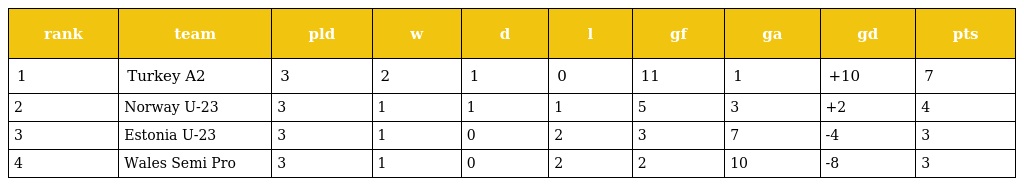
| rank | team | pld | w | d | l | gf | ga | gd | pts |
 | --- | --- | --- | --- | --- | --- | --- | --- | --- | --- |
 | 1 | Turkey A2 | 3 | 2 | 1 | 0 | 11 | 1 | +10 | 7 |
 | 2 | Norway U-23 | 3 | 1 | 1 | 1 | 5 | 3 | +2 | 4 |
 | 3 | Estonia U-23 | 3 | 1 | 0 | 2 | 3 | 7 | -4 | 3 |
 | 4 | Wales Semi Pro | 3 | 1 | 0 | 2 | 2 | 10 | -8 | 3 |